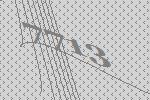
7713